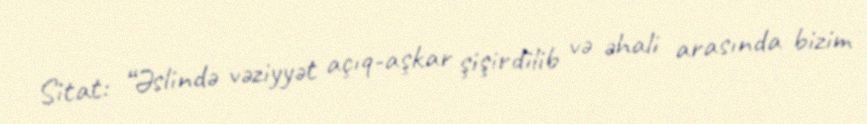
Sitat: “Əslində vəziyyət açıq-aşkar şişirdilib və əhali arasında bizim